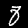
Digit: 8